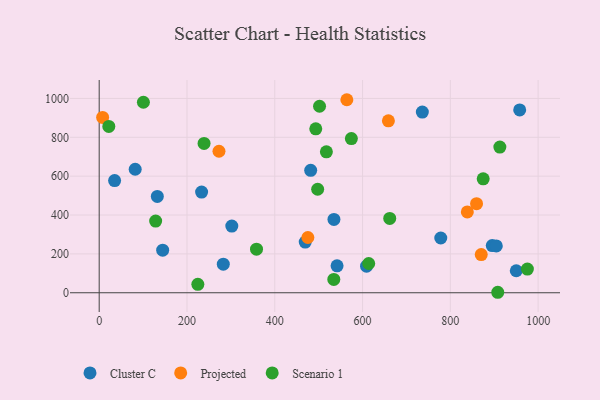
{"axis": {"x": "Experience", "y": "Yield"}, "legend": ["Cluster C", "Projected", "Scenario 1"], "data": [{"x": "144.6", "y": 219.1, "type": "Cluster C"}, {"x": "895.5", "y": 242.8, "type": "Cluster C"}, {"x": "534.8", "y": 377.5, "type": "Cluster C"}, {"x": "132.4", "y": 495.6, "type": "Cluster C"}, {"x": "282.7", "y": 147.2, "type": "Cluster C"}, {"x": "736.2", "y": 929.9, "type": "Cluster C"}, {"x": "609.1", "y": 137.0, "type": "Cluster C"}, {"x": "82.0", "y": 635.6, "type": "Cluster C"}, {"x": "481.8", "y": 630.0, "type": "Cluster C"}, {"x": "541.9", "y": 138.8, "type": "Cluster C"}, {"x": "233.3", "y": 517.9, "type": "Cluster C"}, {"x": "958.0", "y": 940.7, "type": "Cluster C"}, {"x": "950.2", "y": 113.3, "type": "Cluster C"}, {"x": "904.7", "y": 240.8, "type": "Cluster C"}, {"x": "302.1", "y": 343.2, "type": "Cluster C"}, {"x": "469.4", "y": 260.9, "type": "Cluster C"}, {"x": "778.2", "y": 281.9, "type": "Cluster C"}, {"x": "35.1", "y": 577.5, "type": "Cluster C"}, {"x": "658.9", "y": 884.8, "type": "Projected"}, {"x": "7.8", "y": 902.5, "type": "Projected"}, {"x": "564.2", "y": 993.4, "type": "Projected"}, {"x": "272.9", "y": 728.3, "type": "Projected"}, {"x": "475.4", "y": 284.5, "type": "Projected"}, {"x": "859.7", "y": 458.6, "type": "Projected"}, {"x": "838.7", "y": 416.0, "type": "Projected"}, {"x": "870.4", "y": 196.5, "type": "Projected"}, {"x": "100.7", "y": 980.4, "type": "Scenario 1"}, {"x": "502.0", "y": 959.7, "type": "Scenario 1"}, {"x": "574.5", "y": 793.7, "type": "Scenario 1"}, {"x": "493.4", "y": 843.8, "type": "Scenario 1"}, {"x": "517.6", "y": 725.4, "type": "Scenario 1"}, {"x": "497.7", "y": 532.7, "type": "Scenario 1"}, {"x": "912.8", "y": 749.7, "type": "Scenario 1"}, {"x": "534.5", "y": 68.8, "type": "Scenario 1"}, {"x": "975.5", "y": 121.9, "type": "Scenario 1"}, {"x": "614.0", "y": 150.6, "type": "Scenario 1"}, {"x": "238.9", "y": 768.3, "type": "Scenario 1"}, {"x": "21.9", "y": 856.1, "type": "Scenario 1"}, {"x": "224.7", "y": 43.3, "type": "Scenario 1"}, {"x": "908.0", "y": 2.5, "type": "Scenario 1"}, {"x": "661.9", "y": 382.5, "type": "Scenario 1"}, {"x": "128.6", "y": 368.7, "type": "Scenario 1"}, {"x": "874.8", "y": 586.5, "type": "Scenario 1"}, {"x": "358.4", "y": 224.2, "type": "Scenario 1"}]}